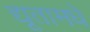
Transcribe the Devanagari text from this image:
द्यूतामधे